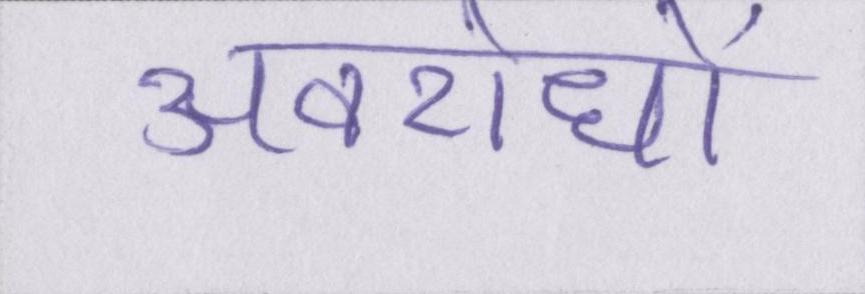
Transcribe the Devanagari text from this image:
अवरोधों